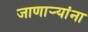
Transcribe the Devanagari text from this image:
जाणार्‍यांना